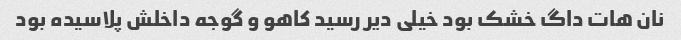
نان هات داگ خشک بود خیلی دیر رسید کاهو و گوجه داخلش پلاسیده بود